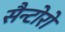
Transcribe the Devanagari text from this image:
सैन्टोरो